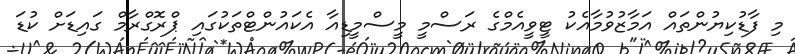
މި ފާޑުކިޔުންތައް އަމާޒުވުމާއެކު ޓީވީއެމްގެ ރަސްމީ މީސްމީޑިއާ އެކައުންޓްތަކުގައި ޕްރޮގްރާމް ގައިޑަށް ކުޑަ